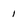
Character: 1